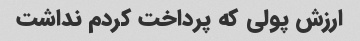
ارزش پولی که پرداخت کردم نداشت